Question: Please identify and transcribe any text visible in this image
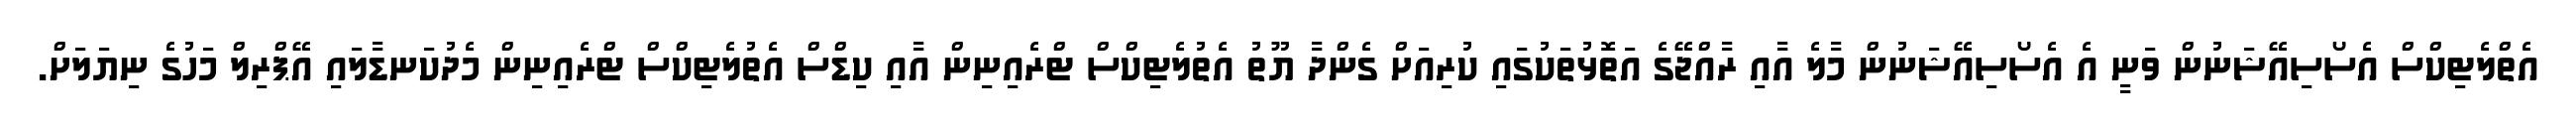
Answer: އެތްލެޓިކްސް އެސޯސިއޭޝަނުން ވަނީ އެ އެސޯސިއޭޝަނުން މާލެ އާއި ރާއްޖޭގެ އަތޮޅުތަކުގައި ކުރިއަށް ގެންދާ ޔޫތު އެތުލެޓިކްސް ޓްރެއިނިން އާއި ކިޑްސް އެތުލެޓިކްސް ޓްރެއިނިން މެދުކަނޑާލައި އޭޕްރިލް މަހުގެ ނިޔަލަށް.